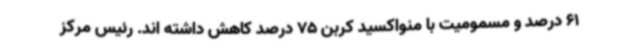
61 درصد و مسمومیت با منواکسید کربن 75 درصد کاهش داشته اند. رئیس مرکز